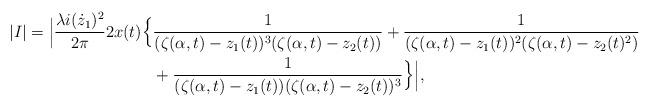
LaTeX: \begin{align*}|I|=\Big|\frac{\lambda i(\dot{z}_1)^2}{2\pi}2x(t)\Big\{&\frac{1}{(\zeta(\alpha,t)-z_1(t))^3(\zeta(\alpha,t)-z_2(t))}+\frac{1}{(\zeta(\alpha,t)-z_1(t))^2(\zeta(\alpha,t)-z_2(t)^2)}\\&+\frac{1}{(\zeta(\alpha,t)-z_1(t))(\zeta(\alpha,t)-z_2(t))^3}\Big\}\Big|,\end{align*}